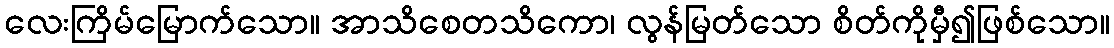
လေးကြိမ်မြောက်သော။ အာသိစေတသိကော၊ လွန်မြတ်သော စိတ်ကိုမှီ၍ဖြစ်သော။